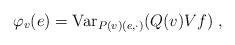
LaTeX: \begin{align*}\varphi_v(e)=\hbox{Var}_{P(v)(e,\cdot)}(Q(v) Vf)\;,\end{align*}